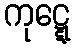
ကုဋ္ဋေ